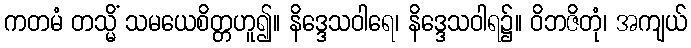
ကတမံ တသ္မိံ သမယေစိတ္တဟူ၍။ နိဒ္ဒေသဝါရေ၊ နိဒ္ဒေသဝါရ၌။ ဝိဘဇိတုံ၊ အကျယ်